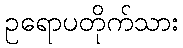
ဥရောပတိုက်သား